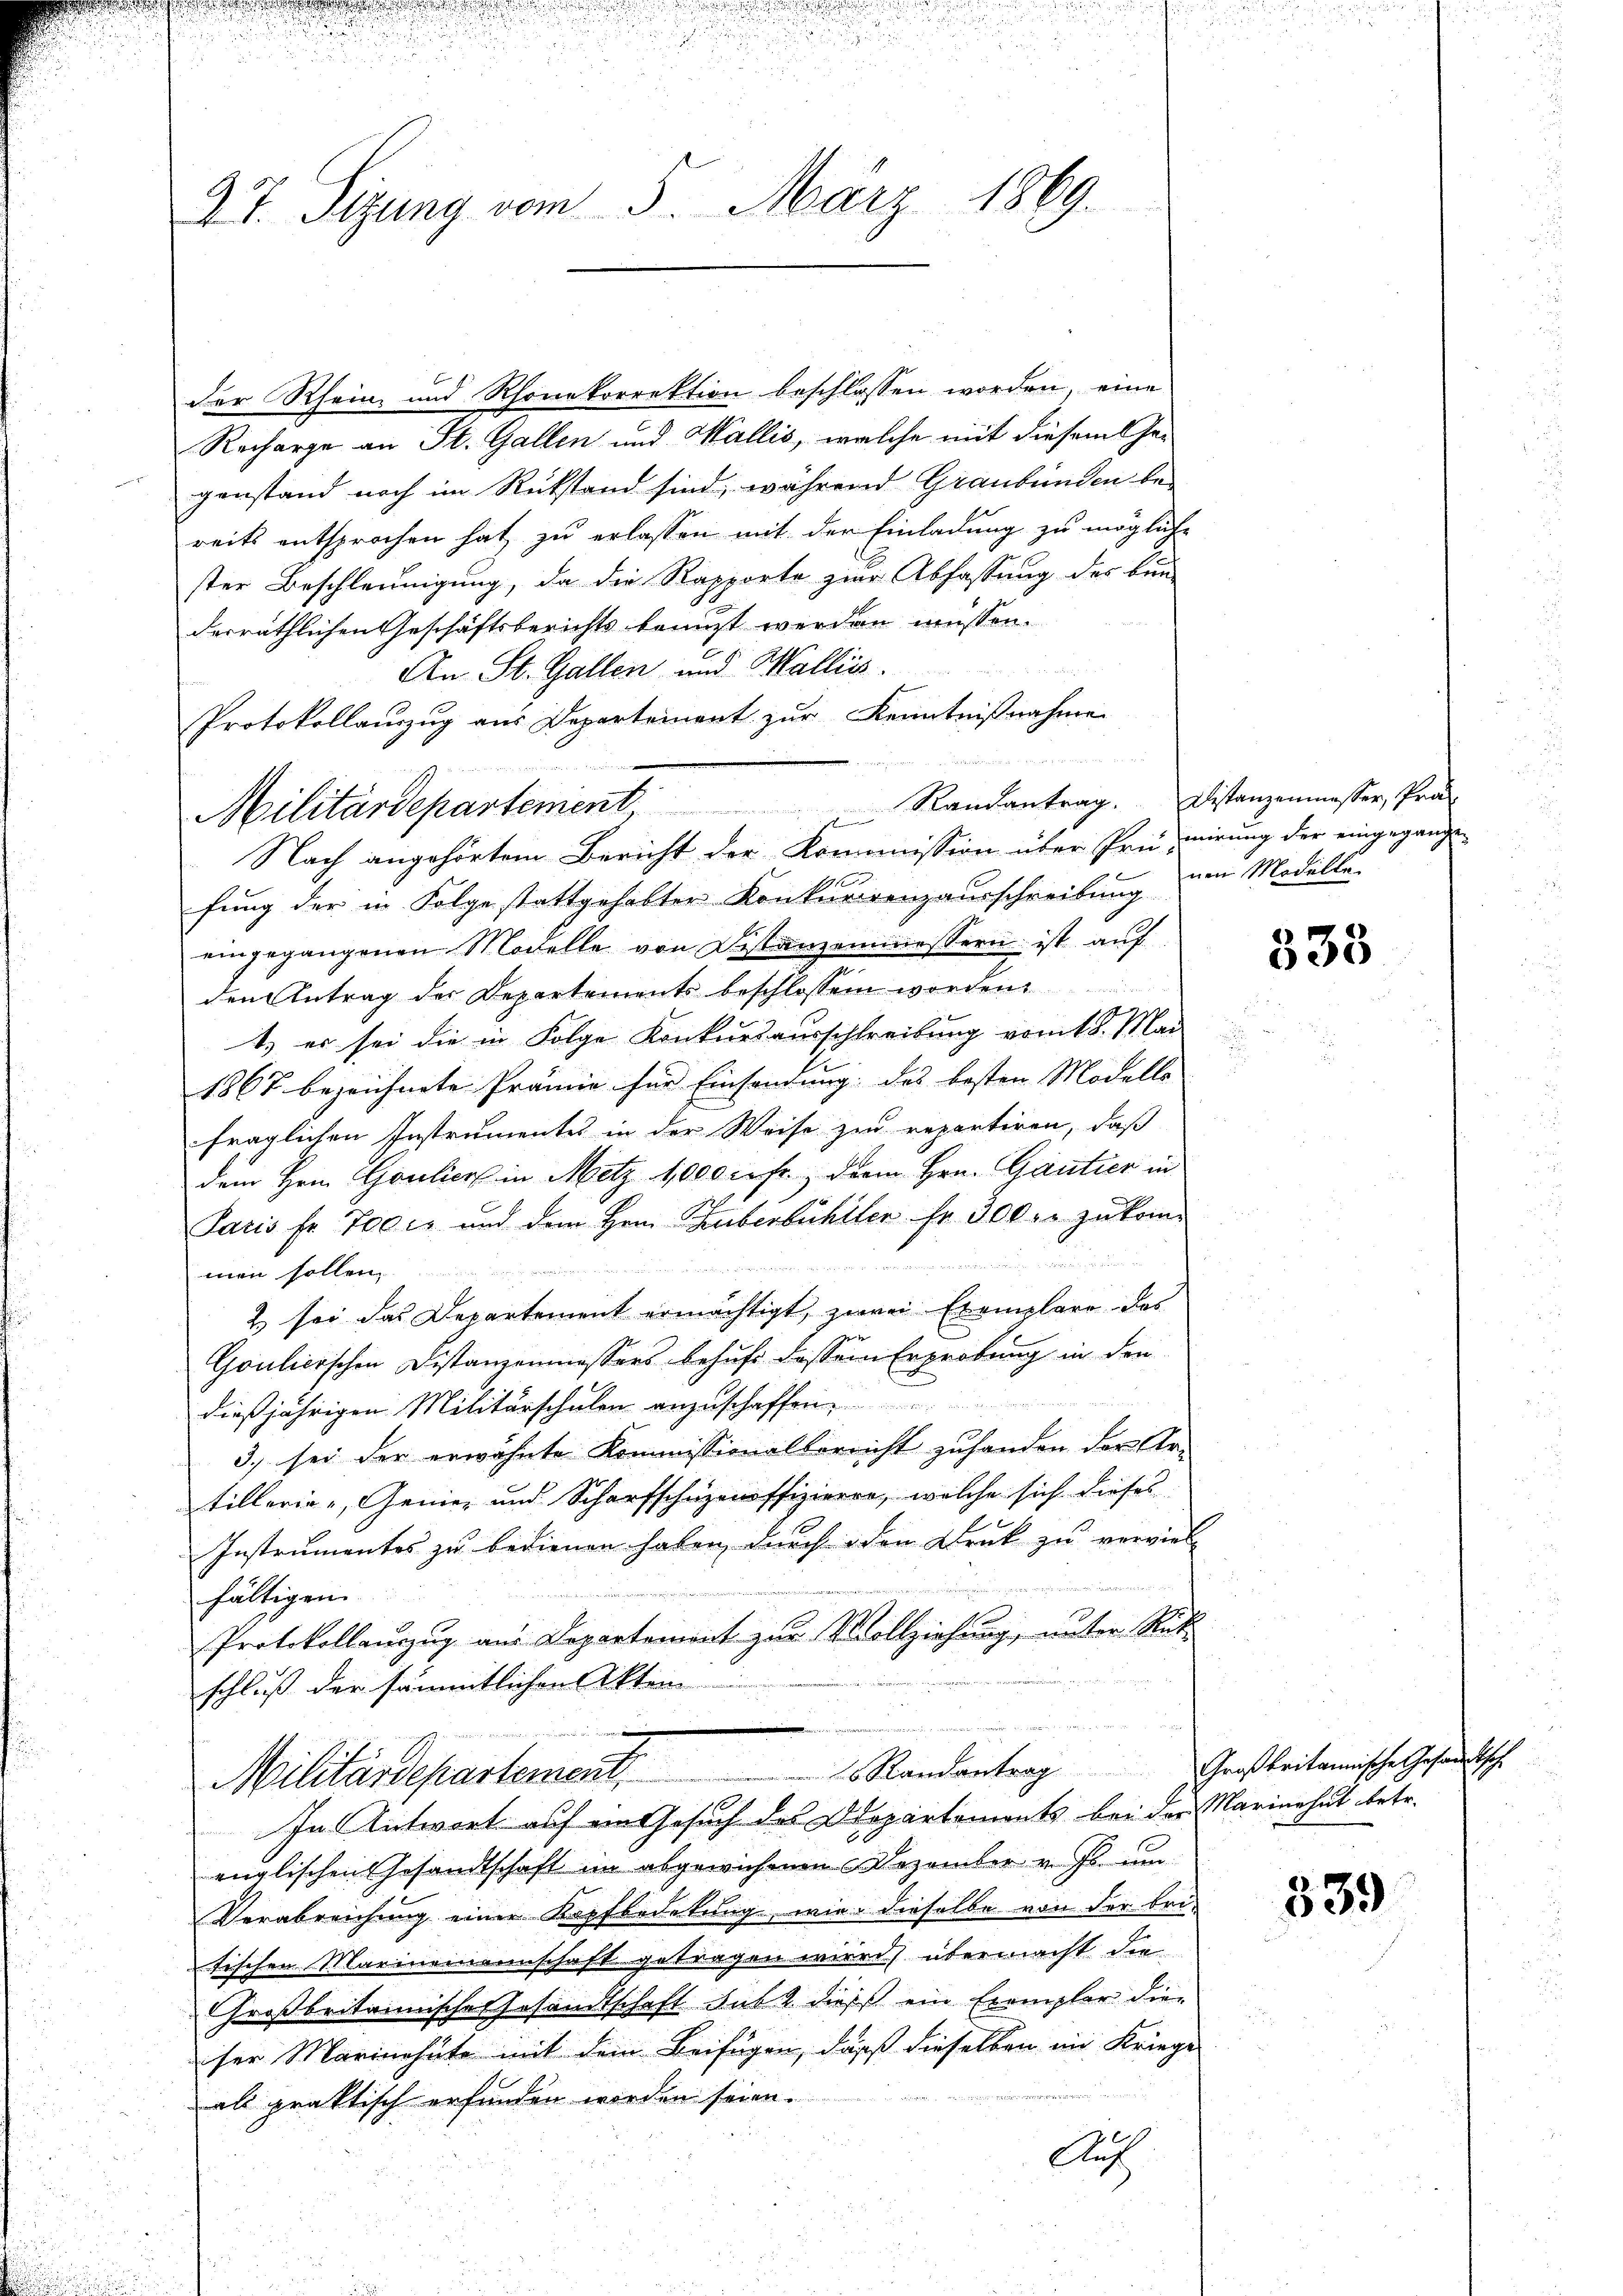
n

27. Sizung vom 5. März 1869.

der Rhein, und Rhonekorrektion beschlossen worden, eine
Recharge an St. Gallen und Wallis, welche mit diesem Gegenstand noch im Rükstand sind, während Graubünden bereits entsprochen hat, zu erlassen mit der Einladung zu mögliche
ster Beschleunigung, da die Rapporte zur Abfassung des ben
derräthlichen Geschäftsberichts beauft werden müssen.
An St. Gallen und Walliis
Protokollauszug aus Departement zur Kenntnißnahme
fung der in Folge stattgehabter Konkurrenzausschreibung
eingegangenen Modelle von Distanzenmessern ist auf
den Antrag des Departements beschlossen worden.
1.) es sei die in Folge Konkursausschreibung vom 18. Mai
1867 bezeichnete Prämie für Einsendung des besten Modelle
fraglichen Instrumentes in der Weise zur repartiren, daß
dem Hrn. Coulier in Metz 1000 c. fr., der Hrn. Gantier in
Paris fr. 700 rt und dem Hrn. Eberbühller fr. 300 r. zukom-
e
e
men sollen,
2 sei das Departement ermächtigt, zwei Exemplare. Das
Goulierschen Distanzenmessers behufe dessen Erprobung in den
dießjährigen Militärschulen anzuschaffen
3. sei der erwähnte Kommissionallerricht zuhanden der Ar-
tillerige, Genie- und Scharfschüzenoffizieren, welche sich dieses
Instrumentes zu bedienen haben, durch den Druk zu verviel
t
fältigen.
Protokollauszug aus Departement zur Vollziehung, unter Rük
schluß der sämmtlichen Akten
u
Randantrag Großbritannische Gesandtsche
Militärdepartement.
In Antwort auf ein Gesuch des Departements bei der Marinehut betr.
englischen Gesandtschaft im abgewichenen Dezember v. Js. um
Verabreichung einer Kopfbedekung, wie dieselbe von der bri-
tischen Marinemannschaft getragen wird) übermacht die
Großbritannisches Gesandtschaft sub 2. dieß ein Exemplar die-
ser Marinohüte mit dem Beifügen, daß dieselben ein Kriege
e
als praktisch erfunden worden seien.
Auf

ehe den
Militärdepartement, Randantrag. Distanzenmesser, Prä-
Nach angehörtem Bericht der Kommission über Prüfuirung der eingegange¬

nen Modelle

333

339